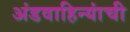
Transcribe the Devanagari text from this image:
अंडवाहिन्यांची